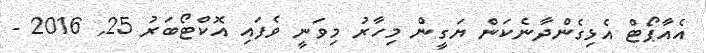
އެއާޕޯޓް އެޅިގެންދާނެކަން ޔަގީން މިހާރު މިވަނީ ވެފައި އޮކްޓޯބަރު 25